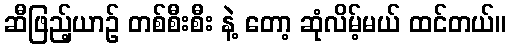
ဆီဖြည့်ယာဉ် တစ်စီးစီး နဲ့ တော့ ဆုံလိမ့်မယ် ထင်တယ်။